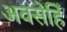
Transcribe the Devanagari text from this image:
अवसेहिँ